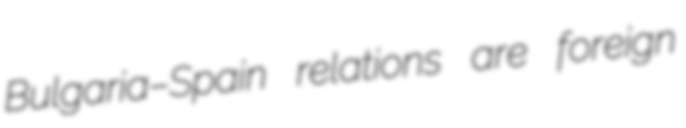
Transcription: Bulgaria–Spain relations are foreign